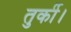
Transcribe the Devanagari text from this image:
तुर्की।